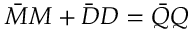
\bar { \cal M } { \cal M } + \bar { \cal D } { \cal D } = \bar { \cal Q } { \cal Q }